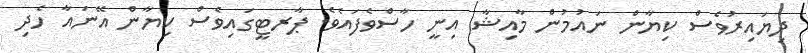
ދިޔައިރުވެސް ކިޔާން ނައުމުން މާއިޝާ އިނީ ހާސްވެފައެވެ. ޕާރޓީގައިވެސް ކިޔާން އޭނައާ ހެދި